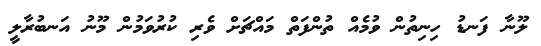
ލޫނާ ފަނޑު ހިނިތުން ވުމެއް ތުންފަތް މައްޗަށް ވެރި ކުރުވަމުން މޫނު އަނބުރާލީ